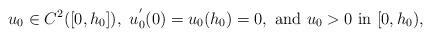
LaTeX: \begin{align*} u_0\in C^2([0,h_0]), \ u^{'}_0(0)=u_0(h_0)=0, \ {\rm and} \ u_0>0 \ {\rm in} \ [0,h_0), \end{align*}